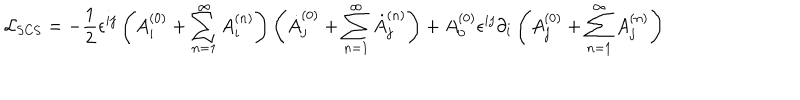
LaTeX: { \cal L } _ { \mathrm { S C S } } = - \frac { 1 } { 2 } \epsilon ^ { i j } \left( A _ { i } ^ { ( 0 ) } + \sum _ { n = 1 } ^ { \infty } A _ { i } ^ { ( n ) } \right) \left( \dot { A } _ { j } ^ { ( 0 ) } + \sum _ { n = 1 } ^ { \infty } \dot { A } _ { j } ^ { ( n ) } \right) + A _ { 0 } ^ { ( 0 ) } \epsilon ^ { i j } \partial _ { i } \left( A _ { j } ^ { ( 0 ) } + \sum _ { n = 1 } ^ { \infty } A _ { j } ^ { ( n ) } \right)